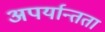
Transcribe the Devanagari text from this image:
अपर्यान्तता